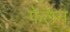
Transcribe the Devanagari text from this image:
फेलन